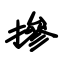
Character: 掺